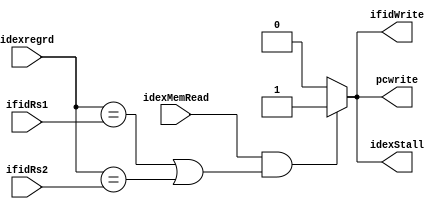

module hazardDetectionUnit(
	input [4:0] idexregrd, ifidRs1, ifidRs2,
	input idexMemRead,

	output reg ifidWrite, idexStall/*(to mux)*/, pcwrite
);

	always@(*)
	begin

		if(idexMemRead && (idexregrd == ifidRs1 || idexregrd == ifidRs2))
		begin
			//stall
			ifidWrite = 1;
			idexStall = 1;
			pcwrite = 1;
		end

		else
		begin
			//disassert the stall signals
			ifidWrite = 0;
			idexStall = 0;
			pcwrite = 0;
		end
	end

endmodule